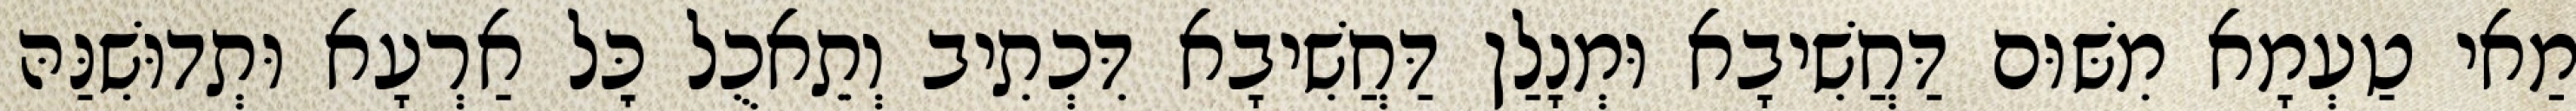
מַאי טַעְמָא מִשּׁוּם דַּחֲשִׁיבָא וּמְנָלַן דַּחֲשִׁיבָא דִּכְתִיב וְתֵאכֻל כׇּל אַרְעָא וּתְדוּשִׁנַּהּ